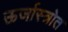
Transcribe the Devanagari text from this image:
ऊर्जास्त्रोत